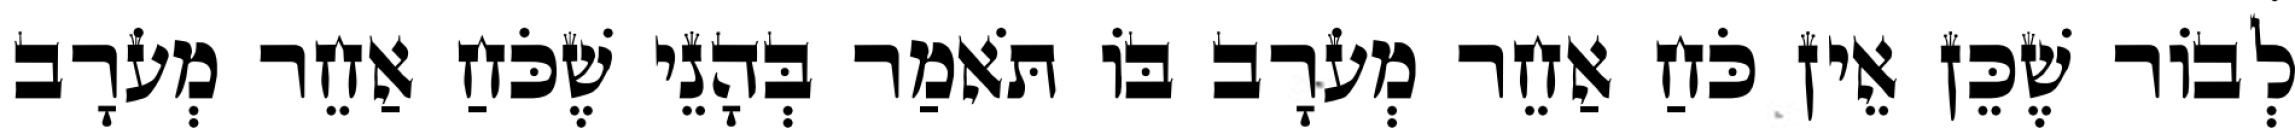
לְבוֹר שֶׁכֵּן אֵין כֹּחַ אַחֵר מְעֹרָב בּוֹ תֹּאמַר בְּהָנֵי שֶׁכֹּחַ אַחֵר מְעֹרָב